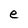
Character: e